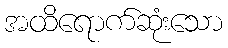
အထိရောက်ဆုံးသော